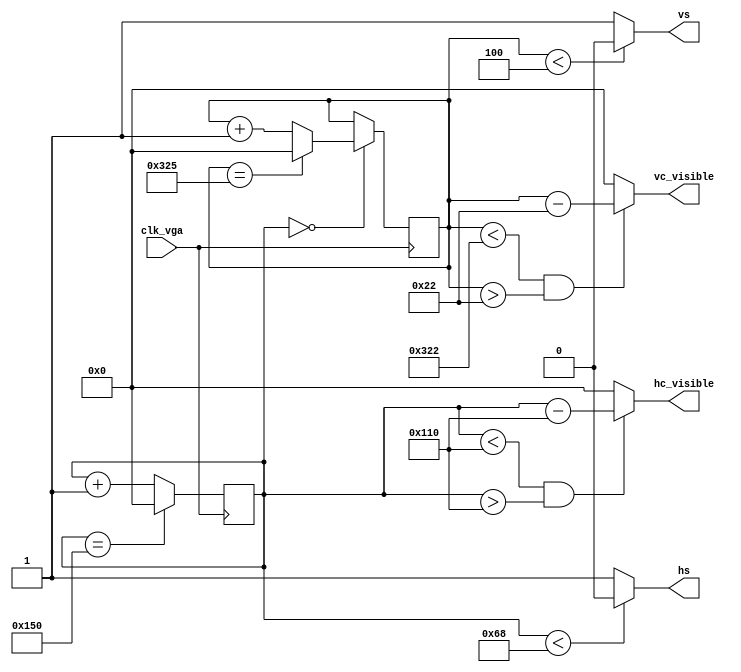
module driver_vga_640x480(clk_vga, hs, vs,hc_visible,vc_visible);
	input clk_vga;                      // 25 MHz !
	output hs, vs; 
	output [9:0]hc_visible;
	output [9:0]vc_visible; 

	//640x480 original
	parameter hpixels = 10'd1360;  // --Value of pixels in a horizontal line//Valor maximo 
	parameter vlines  = 10'd805;  // --Number of horizontal lines in the display

	parameter hfp  = 10'd64;      // --Horizontal front porch
	parameter hsc  = 10'd104;      // --Horizontal sync
	parameter hbp  = 10'd168;      // --Horizontal back porch
	
	parameter vfp  = 10'd3;       // --Vertical front porch
	parameter vsc  = 10'd4;       // --Vertical sync
	parameter vbp  = 10'd30;      // --Vertical back porch
	
	
	reg [9:0] hc, hc_next, vc, vc_next;             // --These are the Horizontal and Vertical counters    
	
	assign hc_visible = ((hc < (hpixels - hfp)) && (hc > (hsc + hbp)))?(hc -(hsc + hbp)):10'd0;
	assign vc_visible = ((vc < (vlines - vfp)) && (vc > (vsc + vbp)))?(vc - (vsc + vbp)):10'd0;
	
	
	// --Runs the horizontal counter

	always@(*)
		if(hc == hpixels)				// --If the counter has reached the end of pixel count
			hc_next = 10'd0;			// --reset the counter
		else
			hc_next = hc + 10'd1;		// --Increment the horizontal counter

	
	// --Runs the vertical counter
	always@(*)
		if(hc == 10'd0)
			if(vc == vlines)
				vc_next = 10'd0;
			else
				vc_next = vc + 10'd1;
		else
			vc_next = vc;
	
	always@(posedge clk_vga)
		{hc, vc} <= {hc_next, vc_next};
		
	assign hs = (hc < hsc) ? 1'b0 : 1'b1;   // --Horizontal Sync Pulse
	assign vs = (vc < vsc) ? 1'b0 : 1'b1;   // --Vertical Sync Pulse
	
endmodule